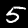
Digit: 5